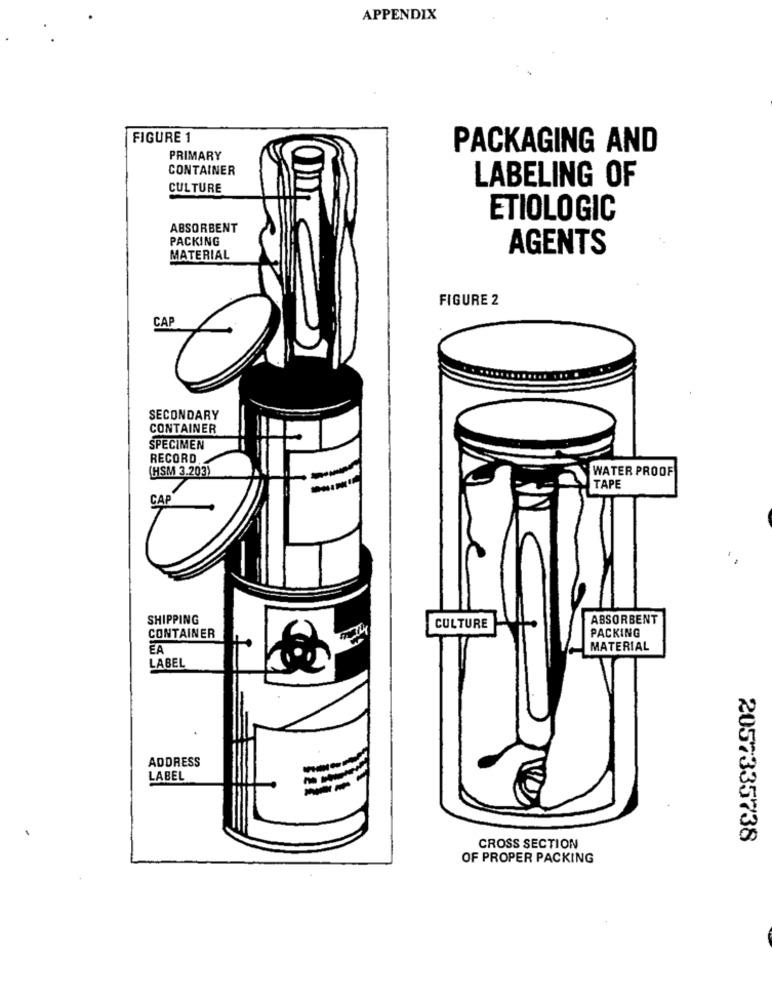
APPENDIX
FIGURE 1
PACKAGING AND
PRIMARY
CONTAINER
LABELING OF
CULTURE
ETIOLOGIC
ABSORBENT
PACKING
AGENTS
MATERIAL
FIGURE 2
CAP
SECONDARY
CONTAINER
SPECIMEN
RECORD
(HSM 3.203)
WATER PROOF
--
TAPE
CAP
. .
SHIPPING
ABSORBENT
CULTURE
PACKING
CONTAINER
EA
MATERIAL
LABEL
ADDRESS
LABEL
--
2057335738
CROSS SECTION
OF PROPER PACKING